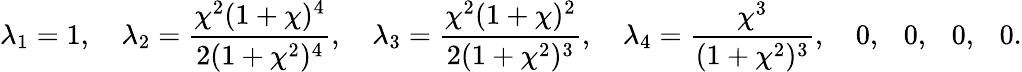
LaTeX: \lambda_{1}=1,\quad\lambda_{2}=\frac{\chi^{2}(1+\chi)^{4}}{2(1+\chi^{2})^{4}},\quad\lambda_{3}=\frac{\chi^{2}(1+\chi)^{2}}{2(1+\chi^{2})^{3}},\quad\lambda_{4}=\frac{\chi^{3}}{(1+\chi^{2})^{3}},\quad 0,\ \ \ 0,\ \ \ 0,\ \ \ 0.